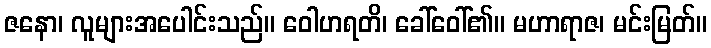
ဇနော၊ လူများအပေါင်းသည်။ ဝေါဟရတိ၊ ခေါ်ဝေါ်၏။ မဟာရာဇ၊ မင်းမြတ်။